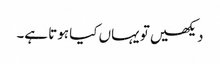
دیکھیں تو یہاں کیا ہوتا ہے۔